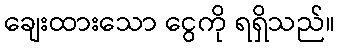
ချေးထားသော ငွေကို ရရှိသည်။